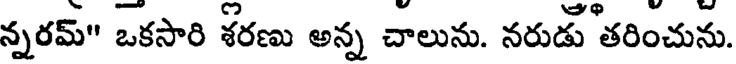
న్నరమ్" ఒకసారి శరణు అన్న చాలును. నరుడు తరించును.